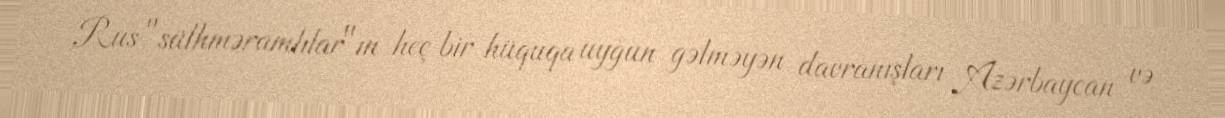
Rus "sülhməramlılar"ın heç bir hüquqa uyğun gəlməyən davranışları Azərbaycan və